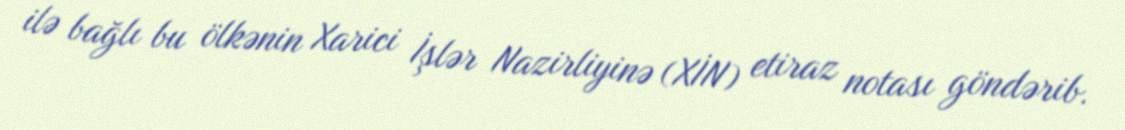
ilə bağlı bu ölkənin Xarici İşlər Nazirliyinə (XİN) etiraz notası göndərib.